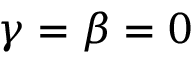
\gamma = \beta = 0